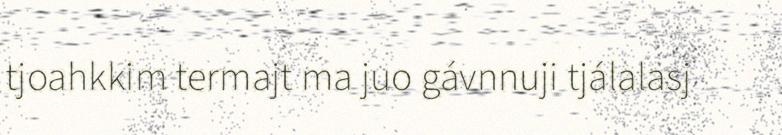
tjoahkkim termajt ma juo gávnnuji tjálalasj